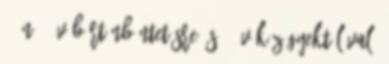
6-án 8 év börtönbüntetésre és 8 év közügyektől való